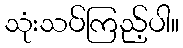
သုံးသပ်ကြည့်ပါ။